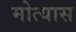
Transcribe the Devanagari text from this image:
मोत्यास